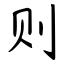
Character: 则